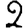
Digit: 2